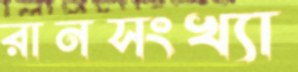
রানসংখ্যা